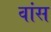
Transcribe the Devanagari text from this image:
वांस